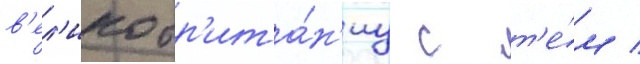
в'ел'икобр'ита́н'иу с т'е́м /